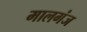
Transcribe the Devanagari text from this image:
मालगंज